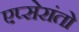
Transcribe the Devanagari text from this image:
एप्सेरांतो